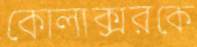
কোলাক্সরকে